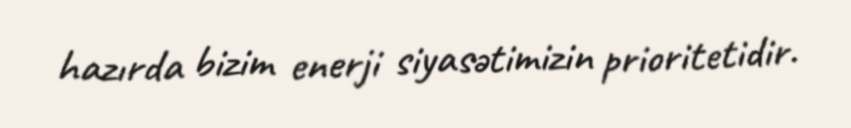
hazırda bizim enerji siyasətimizin prioritetidir.